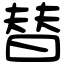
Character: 替